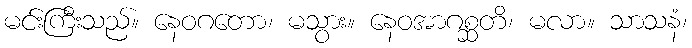
မင်းကြီးသည်။ နေဝဂတော၊ မသွား။ နေဝအာဂစ္ဆတိ၊ မလာ။ သာသနံ၊